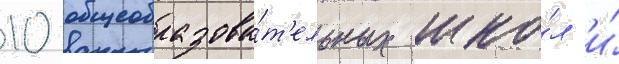
10 общеобразова́т'ельных шко́л и́